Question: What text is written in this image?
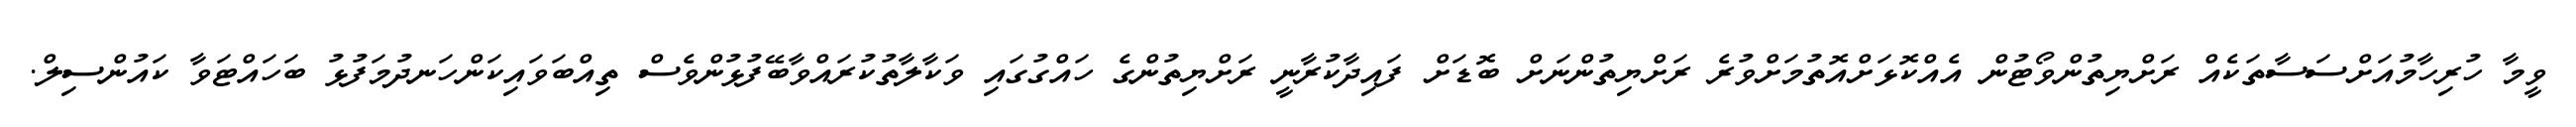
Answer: ވީމާ ހުރިހާމުއަށްސަސާތަކެއް ރަށްޔިތުންވޯޓުން އެއްކޮޅަށްއޮތުމަށްވުރެ ރަށްޔިތުންނަށް ބޮޑަށް ފައިދާކުރާނީ ރަށްޔިތުންގެ ހައްގުގައި ވަކާލާތުކުރައްވާބޭފުޅުންވެސް ތިއްބަވައިކަންހަނދުމަފުޅު ބަހައްޓަވާ ކައުންސިލް.